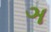
ઞ